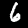
Digit: 6